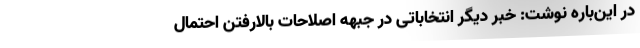
در این‌باره نوشت: خبر دیگر انتخاباتی در جبهه اصلاحات بالارفتن احتمال